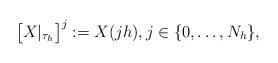
LaTeX: \begin{align*} \big[X|_{\tau_h}\big]^j := X(jh), j \in \{0,\ldots,N_h\},\end{align*}